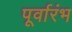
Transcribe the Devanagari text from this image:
पूर्वारंभ